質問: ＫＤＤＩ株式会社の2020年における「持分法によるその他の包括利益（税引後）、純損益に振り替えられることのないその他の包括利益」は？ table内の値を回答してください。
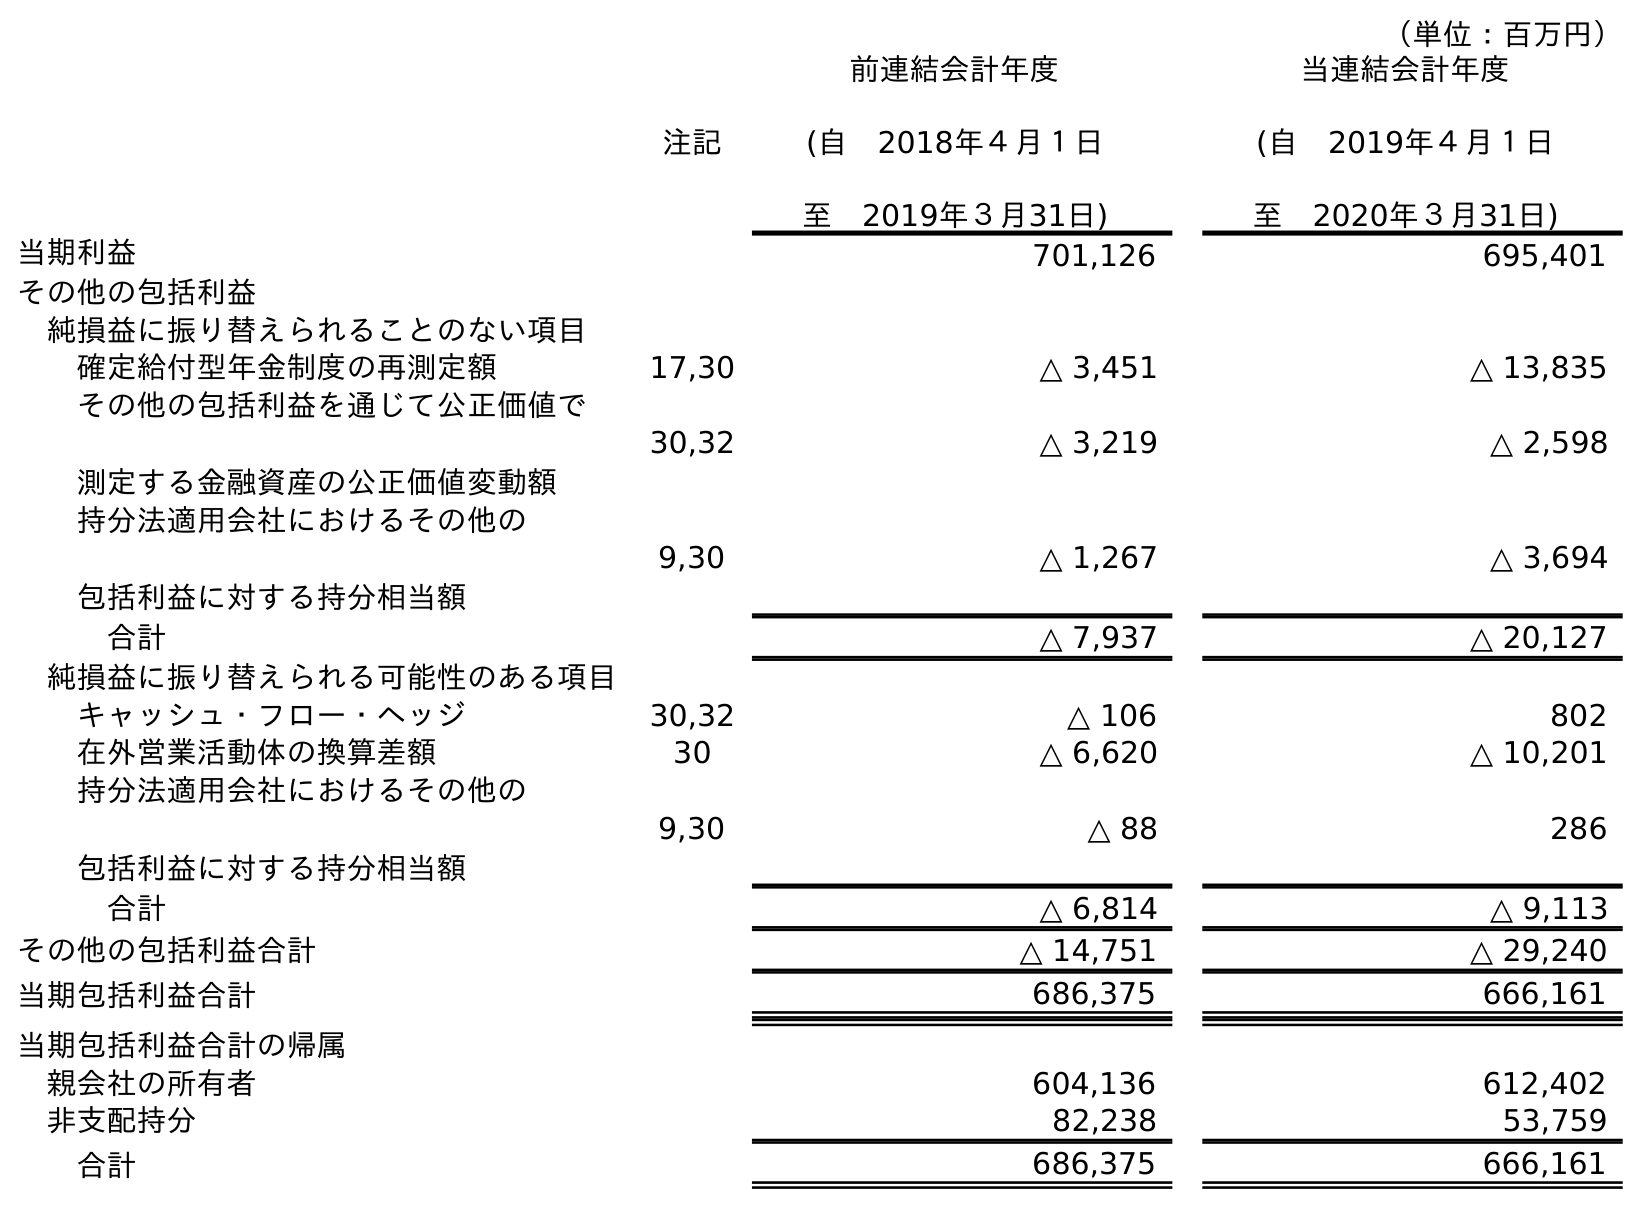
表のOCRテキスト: （単位：百万円） 注記 前連結会計年度 (自 2018年４月１日 至 2019年３月31日) 当連結会計年度 (自 2019年４月１日 至 2020年３月31日) 当期利益 701,126 695,401 その他の包括利益 純損益に振り替えられることのない項目 確定給付型年金制度の再測定額 17,30 △ 3,451 △ 13,835 その他の包括利益を通じて公正価値で 測定する金融資産の公正価値変動額 30,32 △ 3,219 △ 2,598 持分法適用会社におけるその他の 包括利益に対する持分相当額 9,30 △ 1,267 △ 3,694 合計 △ 7,937 △ 20,127 純損益に振り替えられる可能性のある項目 キャッシュ・フロー・ヘッジ 30,32 △ 106 802 在外営業活動体の換算差額 30 △ 6,620 △ 10,201 持分法適用会社におけるその他の 包括利益に対する持分相当額 9,30 △ 88 286 合計 △ 6,814 △ 9,113 その他の包括利益合計 △ 14,751 △ 29,240 当期包括利益合計 686,375 666,161 当期包括利益合計の帰属 親会社の所有者 604,136 612,402 非支配持分 82,238 53,759 合計 686,375 666,161
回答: △3,694